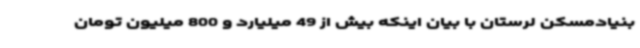
بنیادمسکن لرستان با بیان اینکه بیش از 49 میلیارد و 800 میلیون تومان